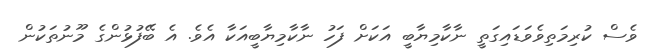
ވެސް ކުރިމަތިވެވަޑައިގަތީ ނާކާމިޔާބީ އަކަށް ފަހު ނާކާމިޔާބީއަކާ އެވެ. އެ ބޭފުޅުންގެ މޫނުތަކުން